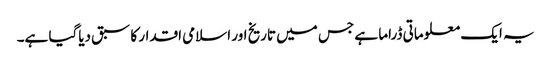
یہ ایک معلوماتی ڈراما ہے جس میں تاریخ اور اسلامی اقدار کا سبق دیاگیا ہے۔